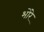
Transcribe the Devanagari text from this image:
भोंरे